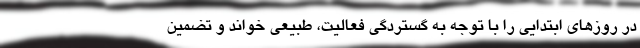
در روزهای ابتدایی را با توجه به گستردگی فعالیت، طبیعی خواند و تضمین